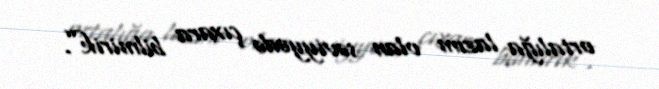
ortalığa lazım olan səviyyədə çıxara bilmirik”.